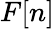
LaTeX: F[n]